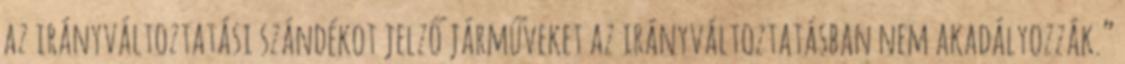
az irányváltoztatási szándékot jelző járműveket az irányváltoztatásban nem akadályozzák.”